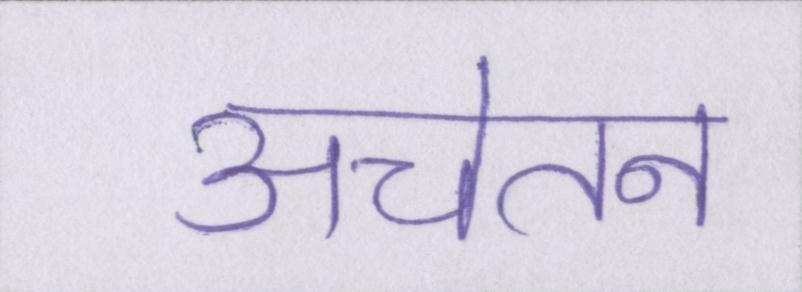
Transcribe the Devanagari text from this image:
अचेतन